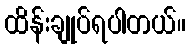
ထိန်းချုပ်ရပါတယ်။